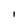
Character: I